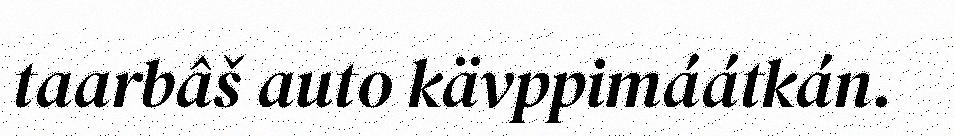
taarbâš auto kävppimáátkán.